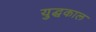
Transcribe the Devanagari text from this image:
युद्घकाल